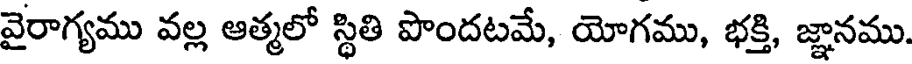
వైరాగ్యము వల్ల ఆత్మలో స్థితి పొందటమే, యోగము, భక్తి, జ్ఞానము.